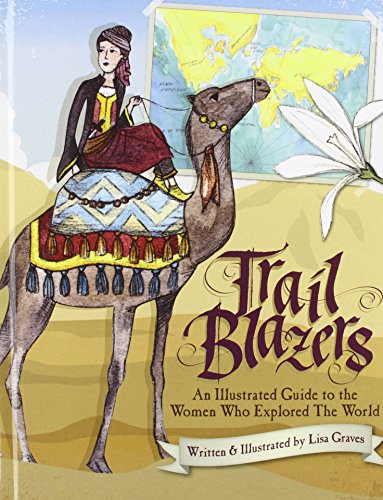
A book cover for Trail Blazers: An Illustrated Guide to the Women Who Explored the World; Lisa Graves; Children's Books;